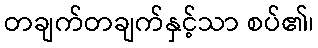
တချက်တချက်နှင့်သာ စပ်၏၊